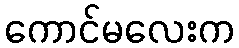
ကောင်မလေးက